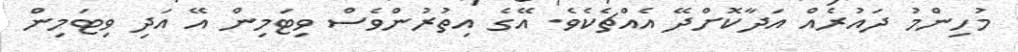
މުހިންމު ދައުރެއް އަދާކޮށްދޭ އެއްޗެކެވެ. އޭގެ އިތުރުންވެސް ވިޓަމިން އޭ އަދި ވިޓަމިން